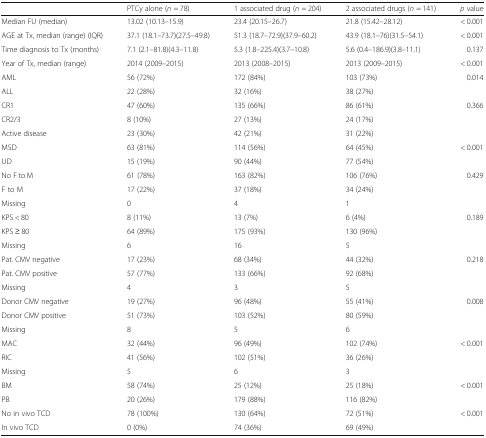
<table><thead><tr><td></td><td><b>PTCy alone (<i>n</i> = 78)</b></td><td><b>1 associated drug (<i>n</i> = 204)</b></td><td><b>2 associated drugs (<i>n</i> = 141)</b></td><td><b><i>p</i> value</b></td></tr></thead><tbody><tr><td>Median FU (median)</td><td>13.02 (10.13–15.9)</td><td>23.4 (20.15–26.7)</td><td>21.8 (15.42–28.12)</td><td>&lt; 0.001</td></tr><tr><td>AGE at Tx, median (range) (IQR)</td><td>37.1 (18.1–73.7)(27.5–49.8)</td><td>51.3 (18.7–72.9)(37.9–60.2)</td><td>43.9 (18.1–76)(31.5–54.1)</td><td>&lt; 0.001</td></tr><tr><td>Time diagnosis to Tx (months)</td><td>7.1 (2.1–81.8)(4.3–11.8)</td><td>5.3 (1.8–225.4)(3.7–10.8)</td><td>5.6 (0.4–186.9)(3.8–11.1)</td><td>0.137</td></tr><tr><td>Year of Tx, median (range)</td><td>2014 (2009–2015)</td><td>2013 (2008–2015)</td><td>2013 (2009–2015)</td><td>&lt; 0.001</td></tr><tr><td>AML</td><td>56 (72%)</td><td>172 (84%)</td><td>103 (73%)</td><td rowspan="2">0.014</td></tr><tr><td>ALL</td><td>22 (28%)</td><td>32 (16%)</td><td>38 (27%)</td></tr><tr><td>CR1</td><td>47 (60%)</td><td>135 (66%)</td><td>86 (61%)</td><td rowspan="3">0.366</td></tr><tr><td>CR2/3</td><td>8 (10%)</td><td>27 (13%)</td><td>24 (17%)</td></tr><tr><td>Active disease</td><td>23 (30%)</td><td>42 (21%)</td><td>31 (22%)</td></tr><tr><td>MSD</td><td>63 (81%)</td><td>114 (56%)</td><td>64 (45%)</td><td rowspan="2">&lt; 0.001</td></tr><tr><td>UD</td><td>15 (19%)</td><td>90 (44%)</td><td>77 (54%)</td></tr><tr><td>No F to M</td><td>61 (78%)</td><td>163 (82%)</td><td>106 (76%)</td><td rowspan="3">0.429</td></tr><tr><td>F to M</td><td>17 (22%)</td><td>37 (18%)</td><td>34 (24%)</td></tr><tr><td>Missing</td><td>0</td><td>4</td><td>1</td></tr><tr><td>KPS &lt; 80</td><td>8 (11%)</td><td>13 (7%)</td><td>6 (4%)</td><td rowspan="3">0.189</td></tr><tr><td>KPS ≥ 80</td><td>64 (89%)</td><td>175 (93%)</td><td>130 (96%)</td></tr><tr><td>Missing</td><td>6</td><td>16</td><td>5</td></tr><tr><td>Pat. CMV negative</td><td>17 (23%)</td><td>68 (34%)</td><td>44 (32%)</td><td rowspan="3">0.218</td></tr><tr><td>Pat. CMV positive</td><td>57 (77%)</td><td>133 (66%)</td><td>92 (68%)</td></tr><tr><td>Missing</td><td>4</td><td>3</td><td>5</td></tr><tr><td>Donor CMV negative</td><td>19 (27%)</td><td>96 (48%)</td><td>55 (41%)</td><td rowspan="3">0.008</td></tr><tr><td>Donor CMV positive</td><td>51 (73%)</td><td>103 (52%)</td><td>80 (59%)</td></tr><tr><td>Missing</td><td>8</td><td>5</td><td>6</td></tr><tr><td>MAC</td><td>32 (44%)</td><td>96 (49%)</td><td>102 (74%)</td><td rowspan="3">&lt; 0.001</td></tr><tr><td>RIC</td><td>41 (56%)</td><td>102 (51%)</td><td>36 (26%)</td></tr><tr><td>Missing</td><td>5</td><td>6</td><td>3</td></tr><tr><td>BM</td><td>58 (74%)</td><td>25 (12%)</td><td>25 (18%)</td><td rowspan="2">&lt; 0.001</td></tr><tr><td>PB</td><td>20 (26%)</td><td>179 (88%)</td><td>116 (82%)</td></tr><tr><td>No in vivo TCD</td><td>78 (100%)</td><td>130 (64%)</td><td>72 (51%)</td><td rowspan="2">&lt; 0.001</td></tr><tr><td>In vivo TCD</td><td>0 (0%)</td><td>74 (36%)</td><td>69 (49%)</td></tr></tbody></table>